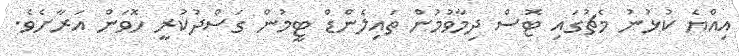
އިއްޔެ ކުޅުނު މެޗުގައި ޓޮސް ދިމާވުމުން ތައިލެންޑް ޓީމުން ގަސްދުކުރީ ހޮވަން އަރާށެވެ.